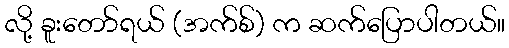
လို့ ခူးတော်ရယ် (အက်စ်) က ဆက်ပြောပါတယ်။